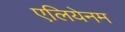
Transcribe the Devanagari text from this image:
एलियेनम